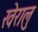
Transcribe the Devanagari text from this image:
खेरालु